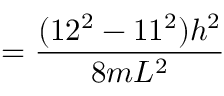
= { \frac { ( 1 2 ^ { 2 } - 1 1 ^ { 2 } ) h ^ { 2 } } { 8 m L ^ { 2 } } }